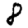
Digit: 8